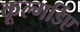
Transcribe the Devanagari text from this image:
कूल्गर्डिए